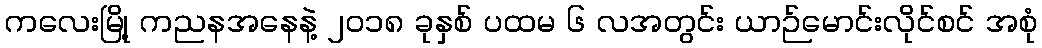
ကလေးမြို့ ကညနအနေနဲ့ ၂ဝ၁၈ ခုနှစ် ပထမ ၆ လအတွင်း ယာဉ်မောင်းလိုင်စင် အစုံ